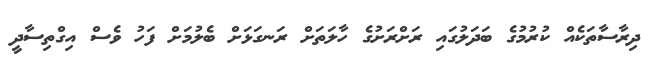
ދިރާސާތަކެއް ކުރުމުގެ ބަދަލުގައި ރަށްރަށުގެ ހާލަތަށް ރަނގަޅަށް ބެލުމަށް ފަހު ވެސް އިގްތިސާދީ